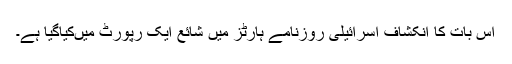
اس بات کا انکشاف اسرائیلی روزنامے ہارٹز میں شائع ایک رپورٹ میںکیاگیا ہے۔